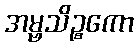
အမ္ဗသိဉ္စကော